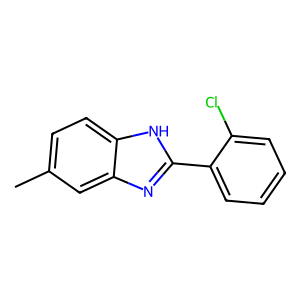
SMILES: Cc1ccc2[nH]c(-c3ccccc3Cl)nc2c1
Inhibits HIV replication: No